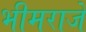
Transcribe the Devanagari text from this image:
भीमराजें